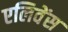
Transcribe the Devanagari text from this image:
एलिवेंस